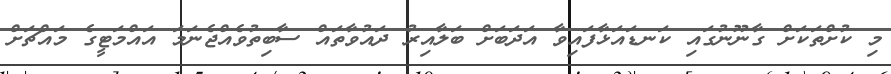
މި ކުށްތަކަށް ގާނޫނުގައި ކަނޑައަޅާފައިވާ އަދަބަށް ބަލާއިރު ދައުވާތައް ސާބިތުވެއްޖެނަމަ އައްމަޓީގެ މައްޗަށް